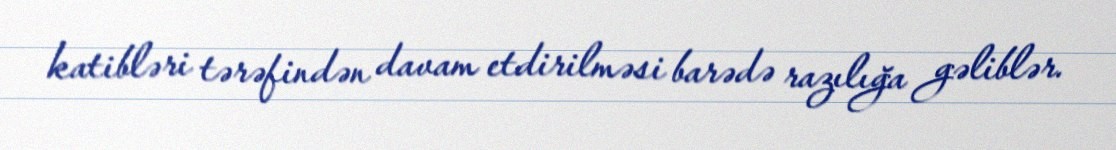
katibləri tərəfindən davam etdirilməsi barədə razılığa gəliblər.